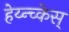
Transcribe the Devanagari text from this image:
हेय्न्च्केस्